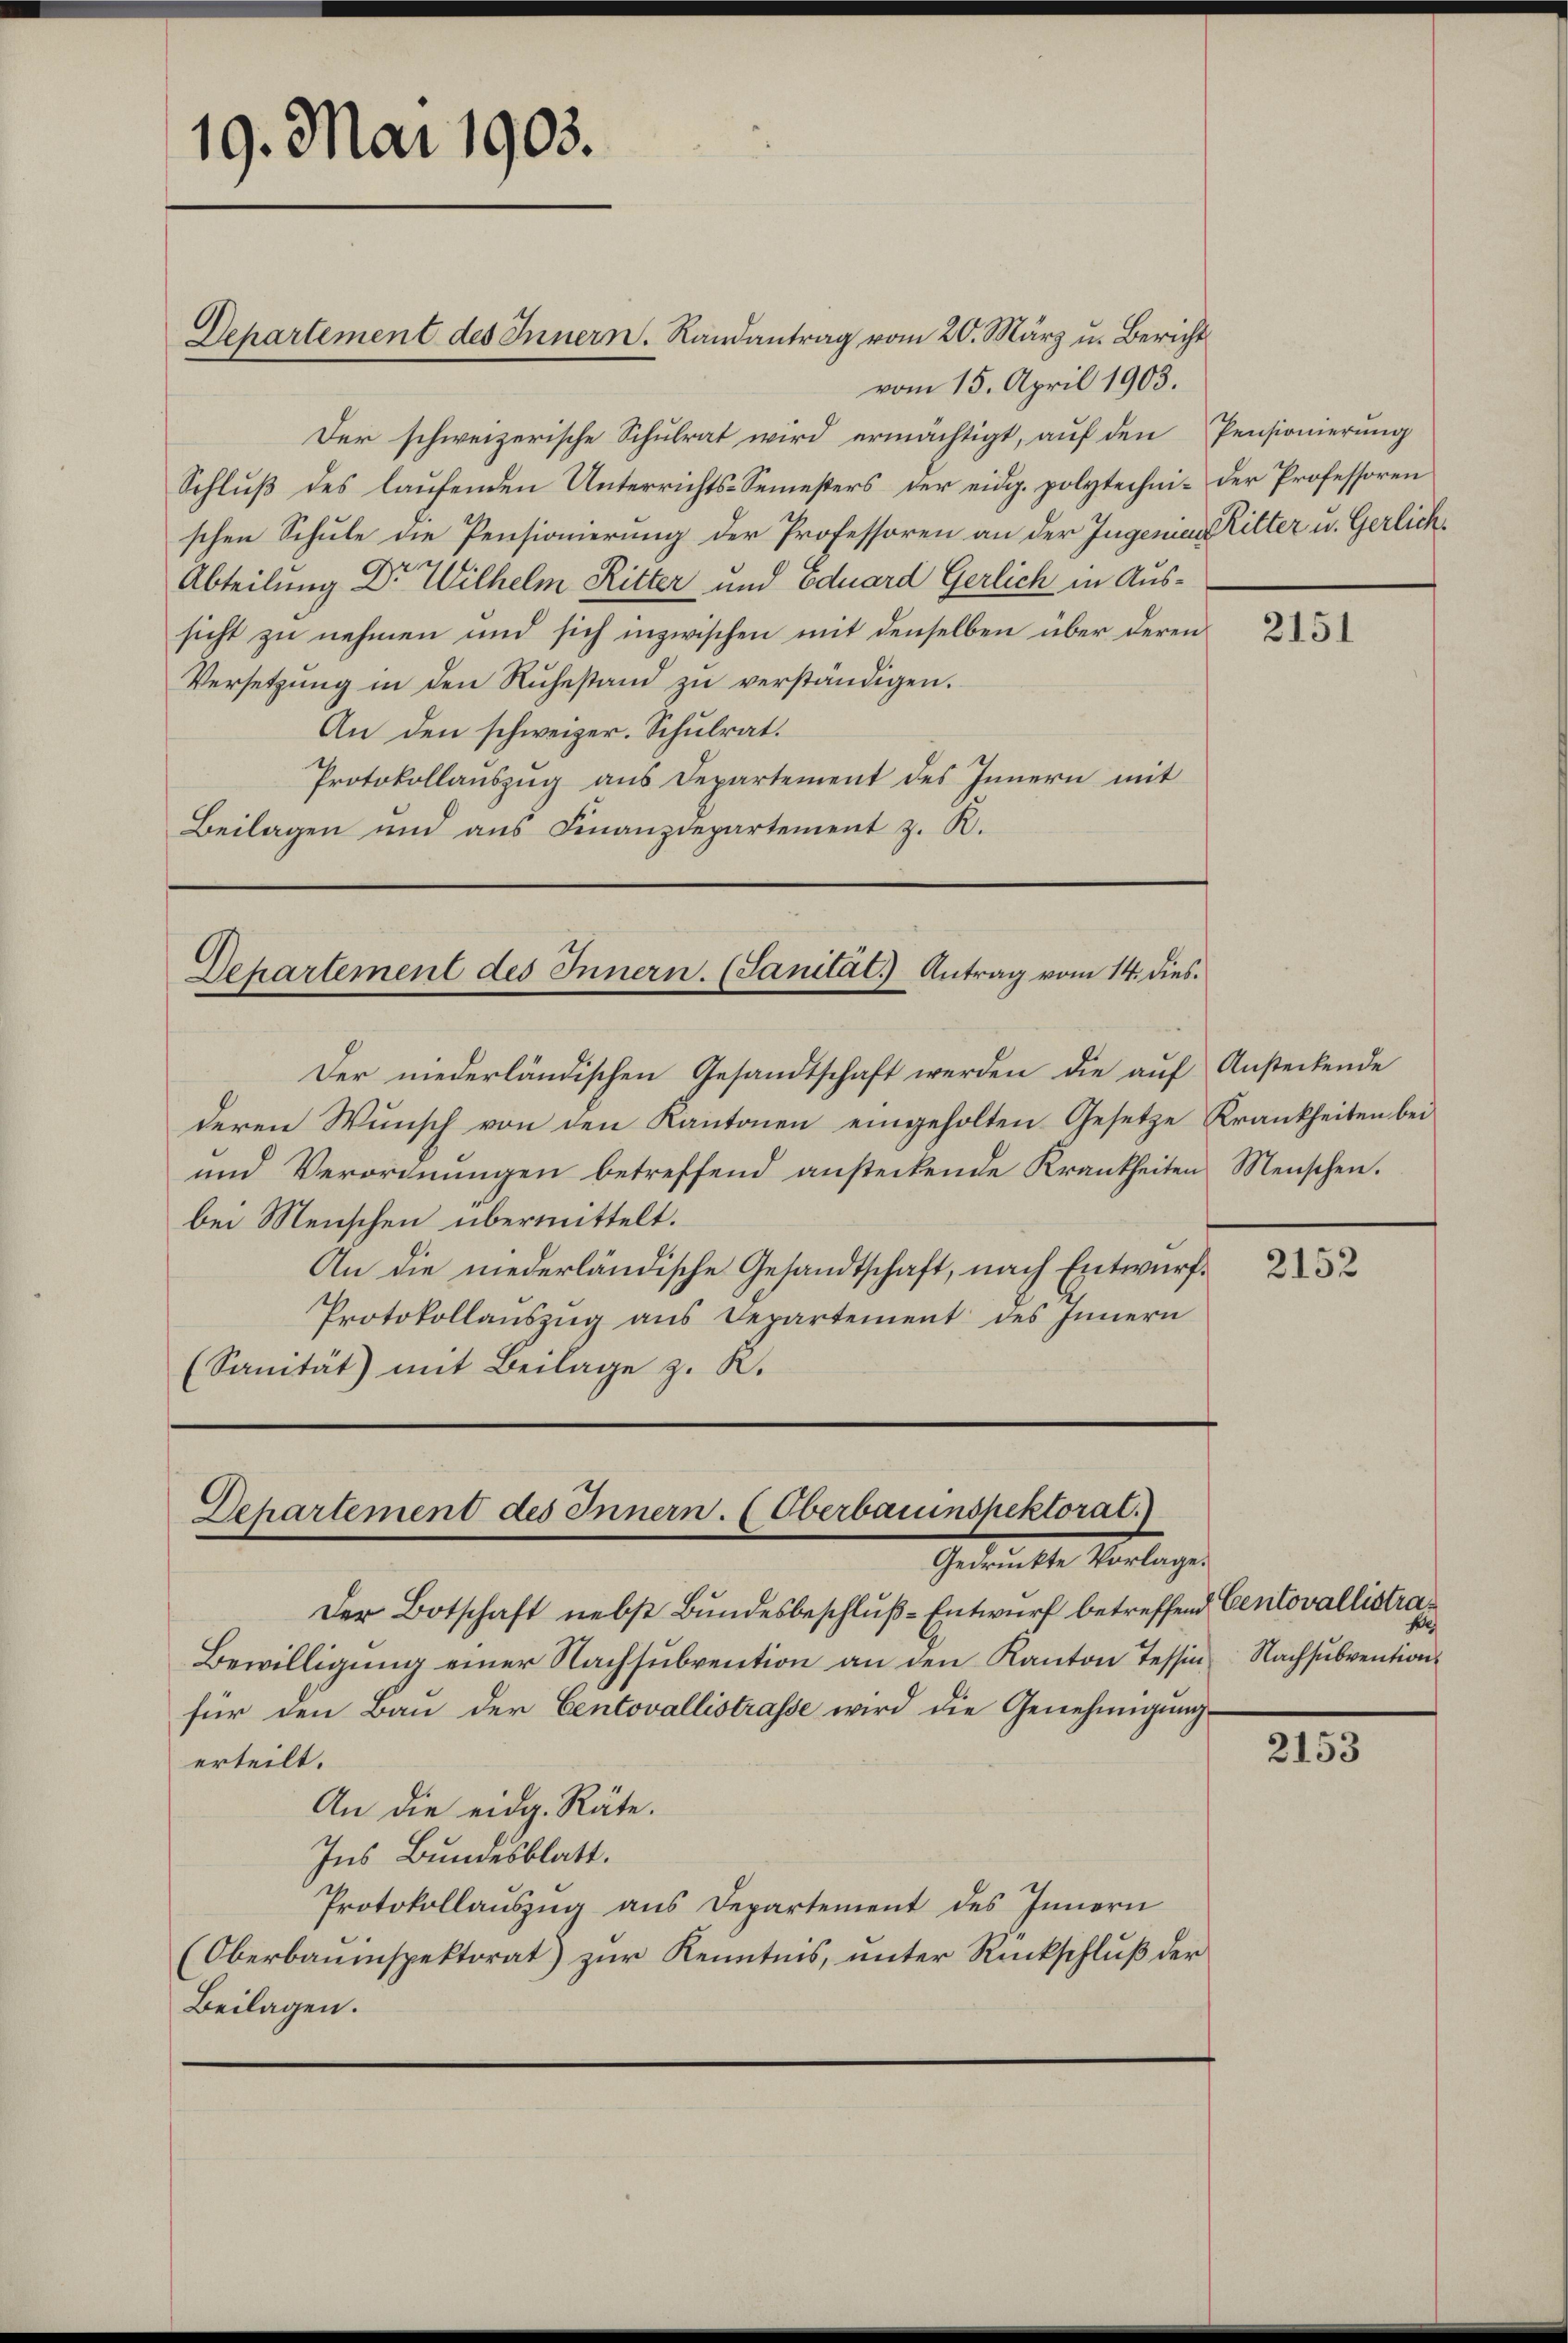
19. Mai 1903.

vom 15. April 1903.
Der schweizerische Schulrat wird ermächtigt, auf den Pensionierung
Schluß des laufenden Unterrichts-Semesters der eid. polytechni- der Professoren
schen Schule die Pensionierung der Professoren an der Ingenias Ritter u. Gerlich¬
Abteilung Dr. Wilhelm Ritter und Eduard Gerlich in Aussicht zu nehmen und sich inzwischen mit denselben über deren
Versetzung in den Rŭhestand zu verständigen.
An den schweizer. Schulrat.
Protokollauszug aus Departement des Innern mit
Beilagen und ans Finanzdepartement z. B.

Der niederländischen Gesandtschaft werden die aŭf Ansteckende
deren Wunsch von den Kantonen eingeholten Gesetze Krankheiten bei
und Verordnungen betreffend ansteckende Krankheiten Menschen.
bei Menschen übermittelt.
An die niederländische Gesandtschaft, nach Entwurf¬
Protokollaŭszŭg aŭs Departement des Innern
(Sanität) mit Beilage z. K.

Departement des Innern. Randantrag vom 20. März u. Bericht

Dehartement des Innern. (Sanitat. Antrag vom 14. dies

Departement des Innern. (Oberbauinspektorat.)
Gedruckte Vorlage.

Der Botschaft nebst Bundesbeschluß-Entwurf betreffend Centovallistra¬
Bewilligung einer Nachsubvention an den Kanton Tessinfür den Bau der Centovallistrasse wird die Genehmigŭng-
erteilt.
An die eidg. Räte.
Ins Bundesblatt.
Protokollauszug aus Departement des Innern
(Oberbauinspektorat) zur Kenntnis, unter Rückschluß der
Beilagen.

Nachsubvention.

2151

2152

2153